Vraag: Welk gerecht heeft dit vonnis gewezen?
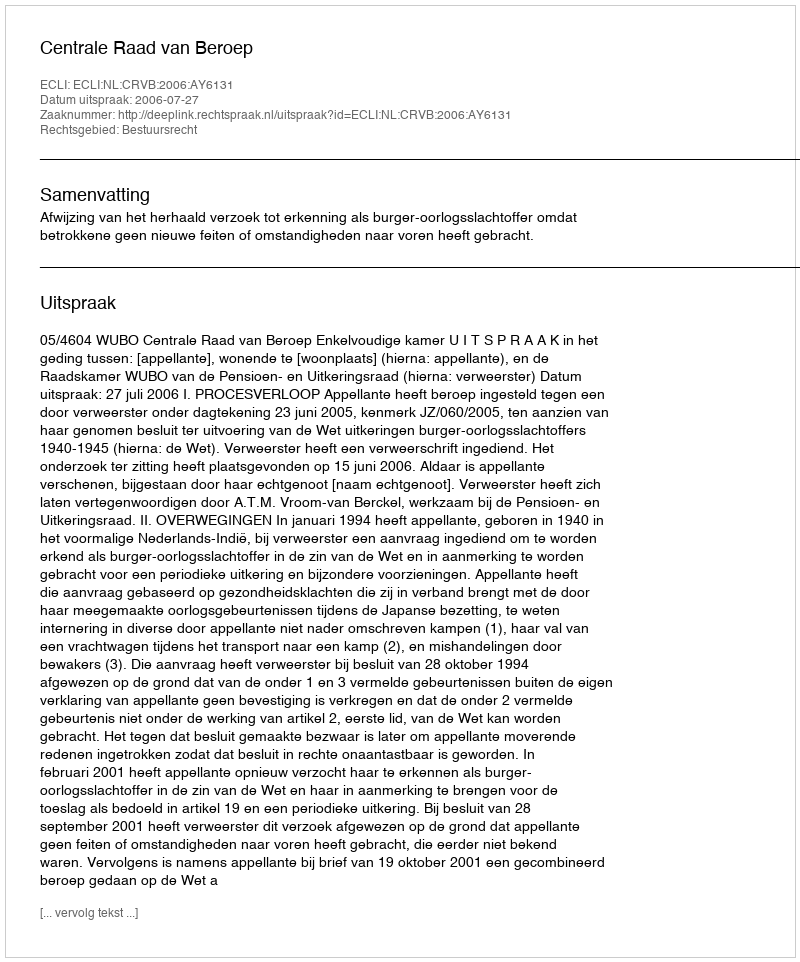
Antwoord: Centrale Raad van Beroep